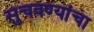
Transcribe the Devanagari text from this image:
सुचवण्यांचा